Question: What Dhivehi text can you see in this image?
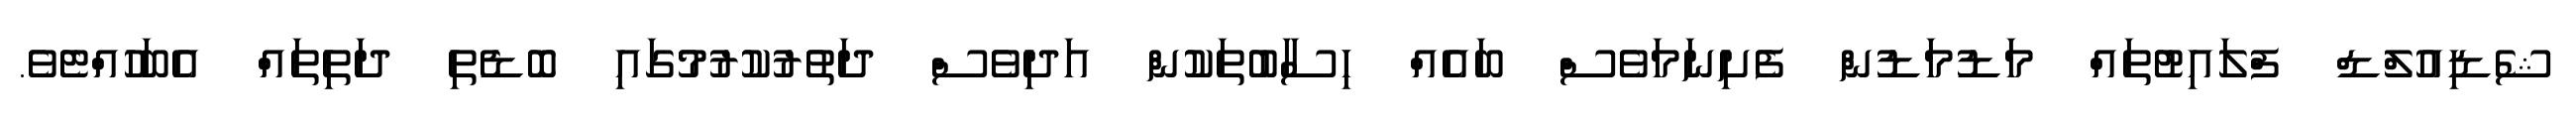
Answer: ޝެޑިއުލްޑް ފްލައިޓުތައް މަޑުމަޑުން ފެށިނަމަވެސް ބައެއް ހިސާބުތަކުން އަދިވެސް ދަތުރުކުރުމުގައި ބޮޑެތި ދަތިތައް އެބަހުއްޓެވެ.